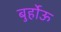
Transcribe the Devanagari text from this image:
बुर्होऊ